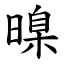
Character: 暞